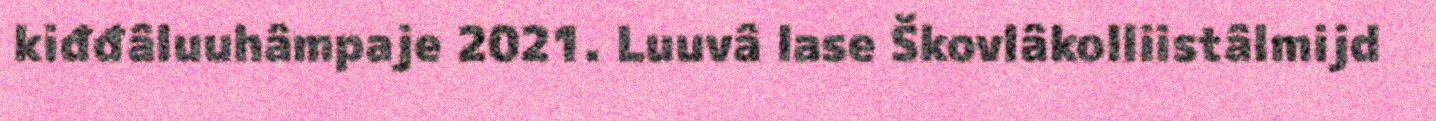
kiđđâluuhâmpaje 2021. Luuvâ lase Škovlâkolliistâlmijd